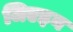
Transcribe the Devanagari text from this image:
जिएइन